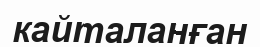
кайталанған